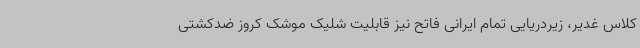
کلاس غدیر، زیردریایی تمام ایرانی فاتح نیز قابلیت شلیک موشک کروز ضدکشتی